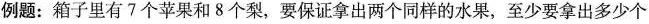
例题：箱子里有7个苹果和8个梨，要保证拿出两个同样的水果，至少要拿出多少个